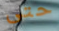
حتى